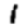
Digit: 1